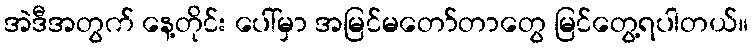
အဲဒီအတွက် နေ့တိုင်း ပေါ်မှာ အမြင်မတော်တာတွေ မြင်တွေ့ရပါတယ်။